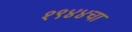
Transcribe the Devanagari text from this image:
१९४४चा